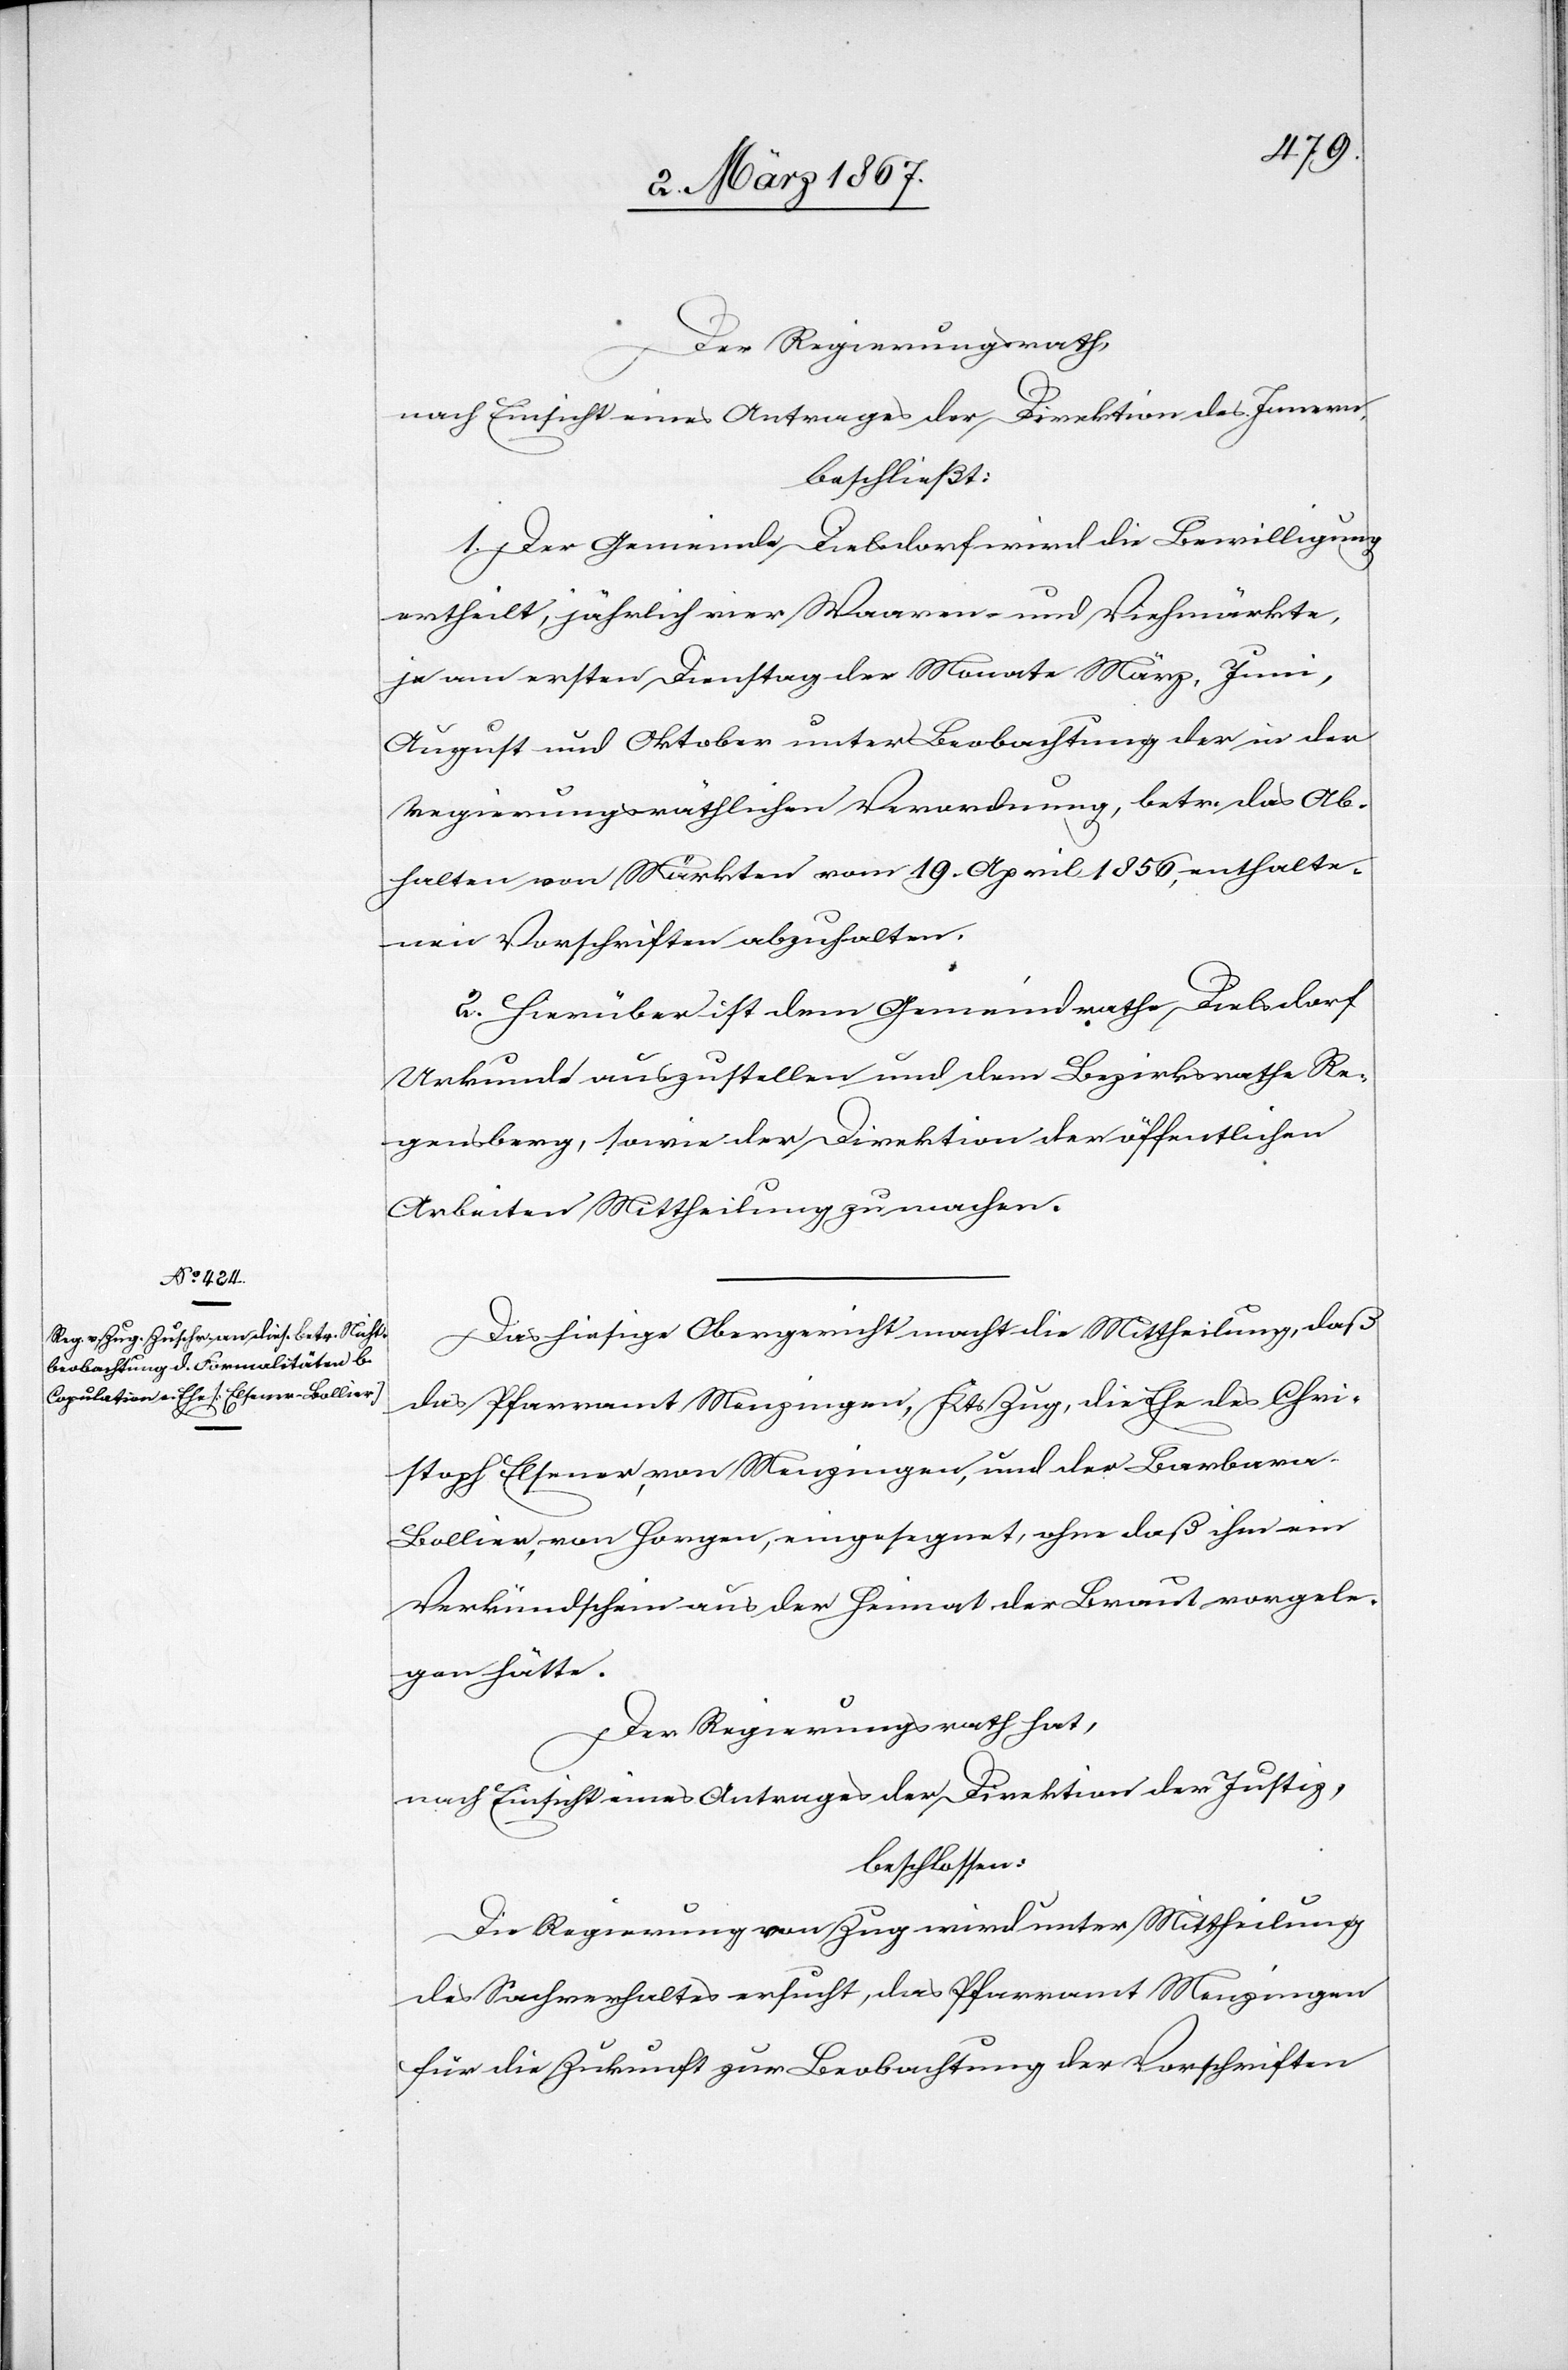
Der Regierungsrath,
nach Einsicht eines Antrages der Direktion des Innern,
beschließt:
1. Der Gemeinde Dielsdorf wird die Bewilligung
ertheilt, jährlich vier Waaren- und Viehmärkte,
je am ersten Dienstag der Monate März, Juni,
August und Oktober unter Beobachtung der in der
regierungsräthlichen Verordnung, betr. das Ab¬
halten von Märkten vom 19. April 1856, enthalte¬
nen Vorschriften abzuhalten.
2. Hierüber ist dem Gemeindrathe Dielsdorf
Urkunde auszustellen und dem Bezirksrathe Re¬
gensberg, sowie der Direktion der öffentlichen
Arbeiten Mittheilung zu machen.
Das hiesige Obergericht macht die Mittheilung, daß
das Pfarramt Menzingen, Kts Zug, die Ehe des Chri¬
stoph Elsener, von Menzingen, und der Barbara
Bollier, von Horgen, eingesegnet, ohne daß ihm ein
Verkündschein aus der Heimat der Braut vorgele¬
gen hätte.
Der Regierungsrath hat,
nach Einsicht eines Antrages der Direktion der Justiz,
beschlossen:
Die Regierung von Zug wird unter Mittheilung
des Sachverhaltes ersucht, das Pfarramt Menzingen
für die Zukunft zur Beobachtung der Vorschriften